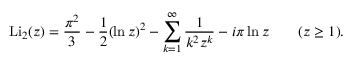
\operatorname { L i } _ { 2 } ( z ) = { \frac { \pi ^ { 2 } } { 3 } } - { \frac { 1 } { 2 } } ( \ln z ) ^ { 2 } - \sum _ { k = 1 } ^ { \infty } { \frac { 1 } { k ^ { 2 } z ^ { k } } } - i \pi \ln z \qquad ( z \geq 1 ) .